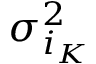
\sigma _ { i _ { K } } ^ { 2 }